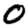
Digit: 0